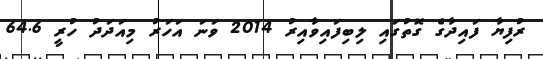
ރުފިޔާ ފައިދާގެ ގޮތުގައި ލިބިފައިވާއިރު 2014 ވަނަ އަހަރު މިއަދަދު ހުރީ 64.6